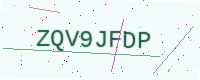
Text: ZQV9JFDP